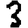
Digit: 3